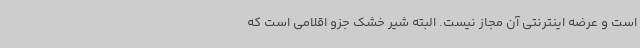
است و عرضه اینترنتی آن مجاز نیست. البته شیر خشک جزو اقلامی است که